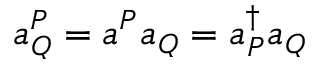
\begin{array} { r } { a _ { Q } ^ { P } = a ^ { P } a _ { Q } = a _ { P } ^ { \dagger } a _ { Q } } \end{array}